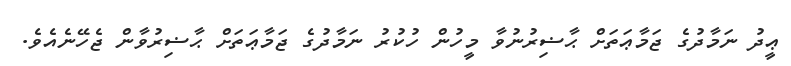
ޢީދު ނަމާދުގެ ޖަމާޢަތަށް ޙާޟިރުނުވާ މީހުން ހުކުރު ނަމާދުގެ ޖަމާޢަތަށް ޙާޟިރުވާން ޖެހޭނެއެވެ.